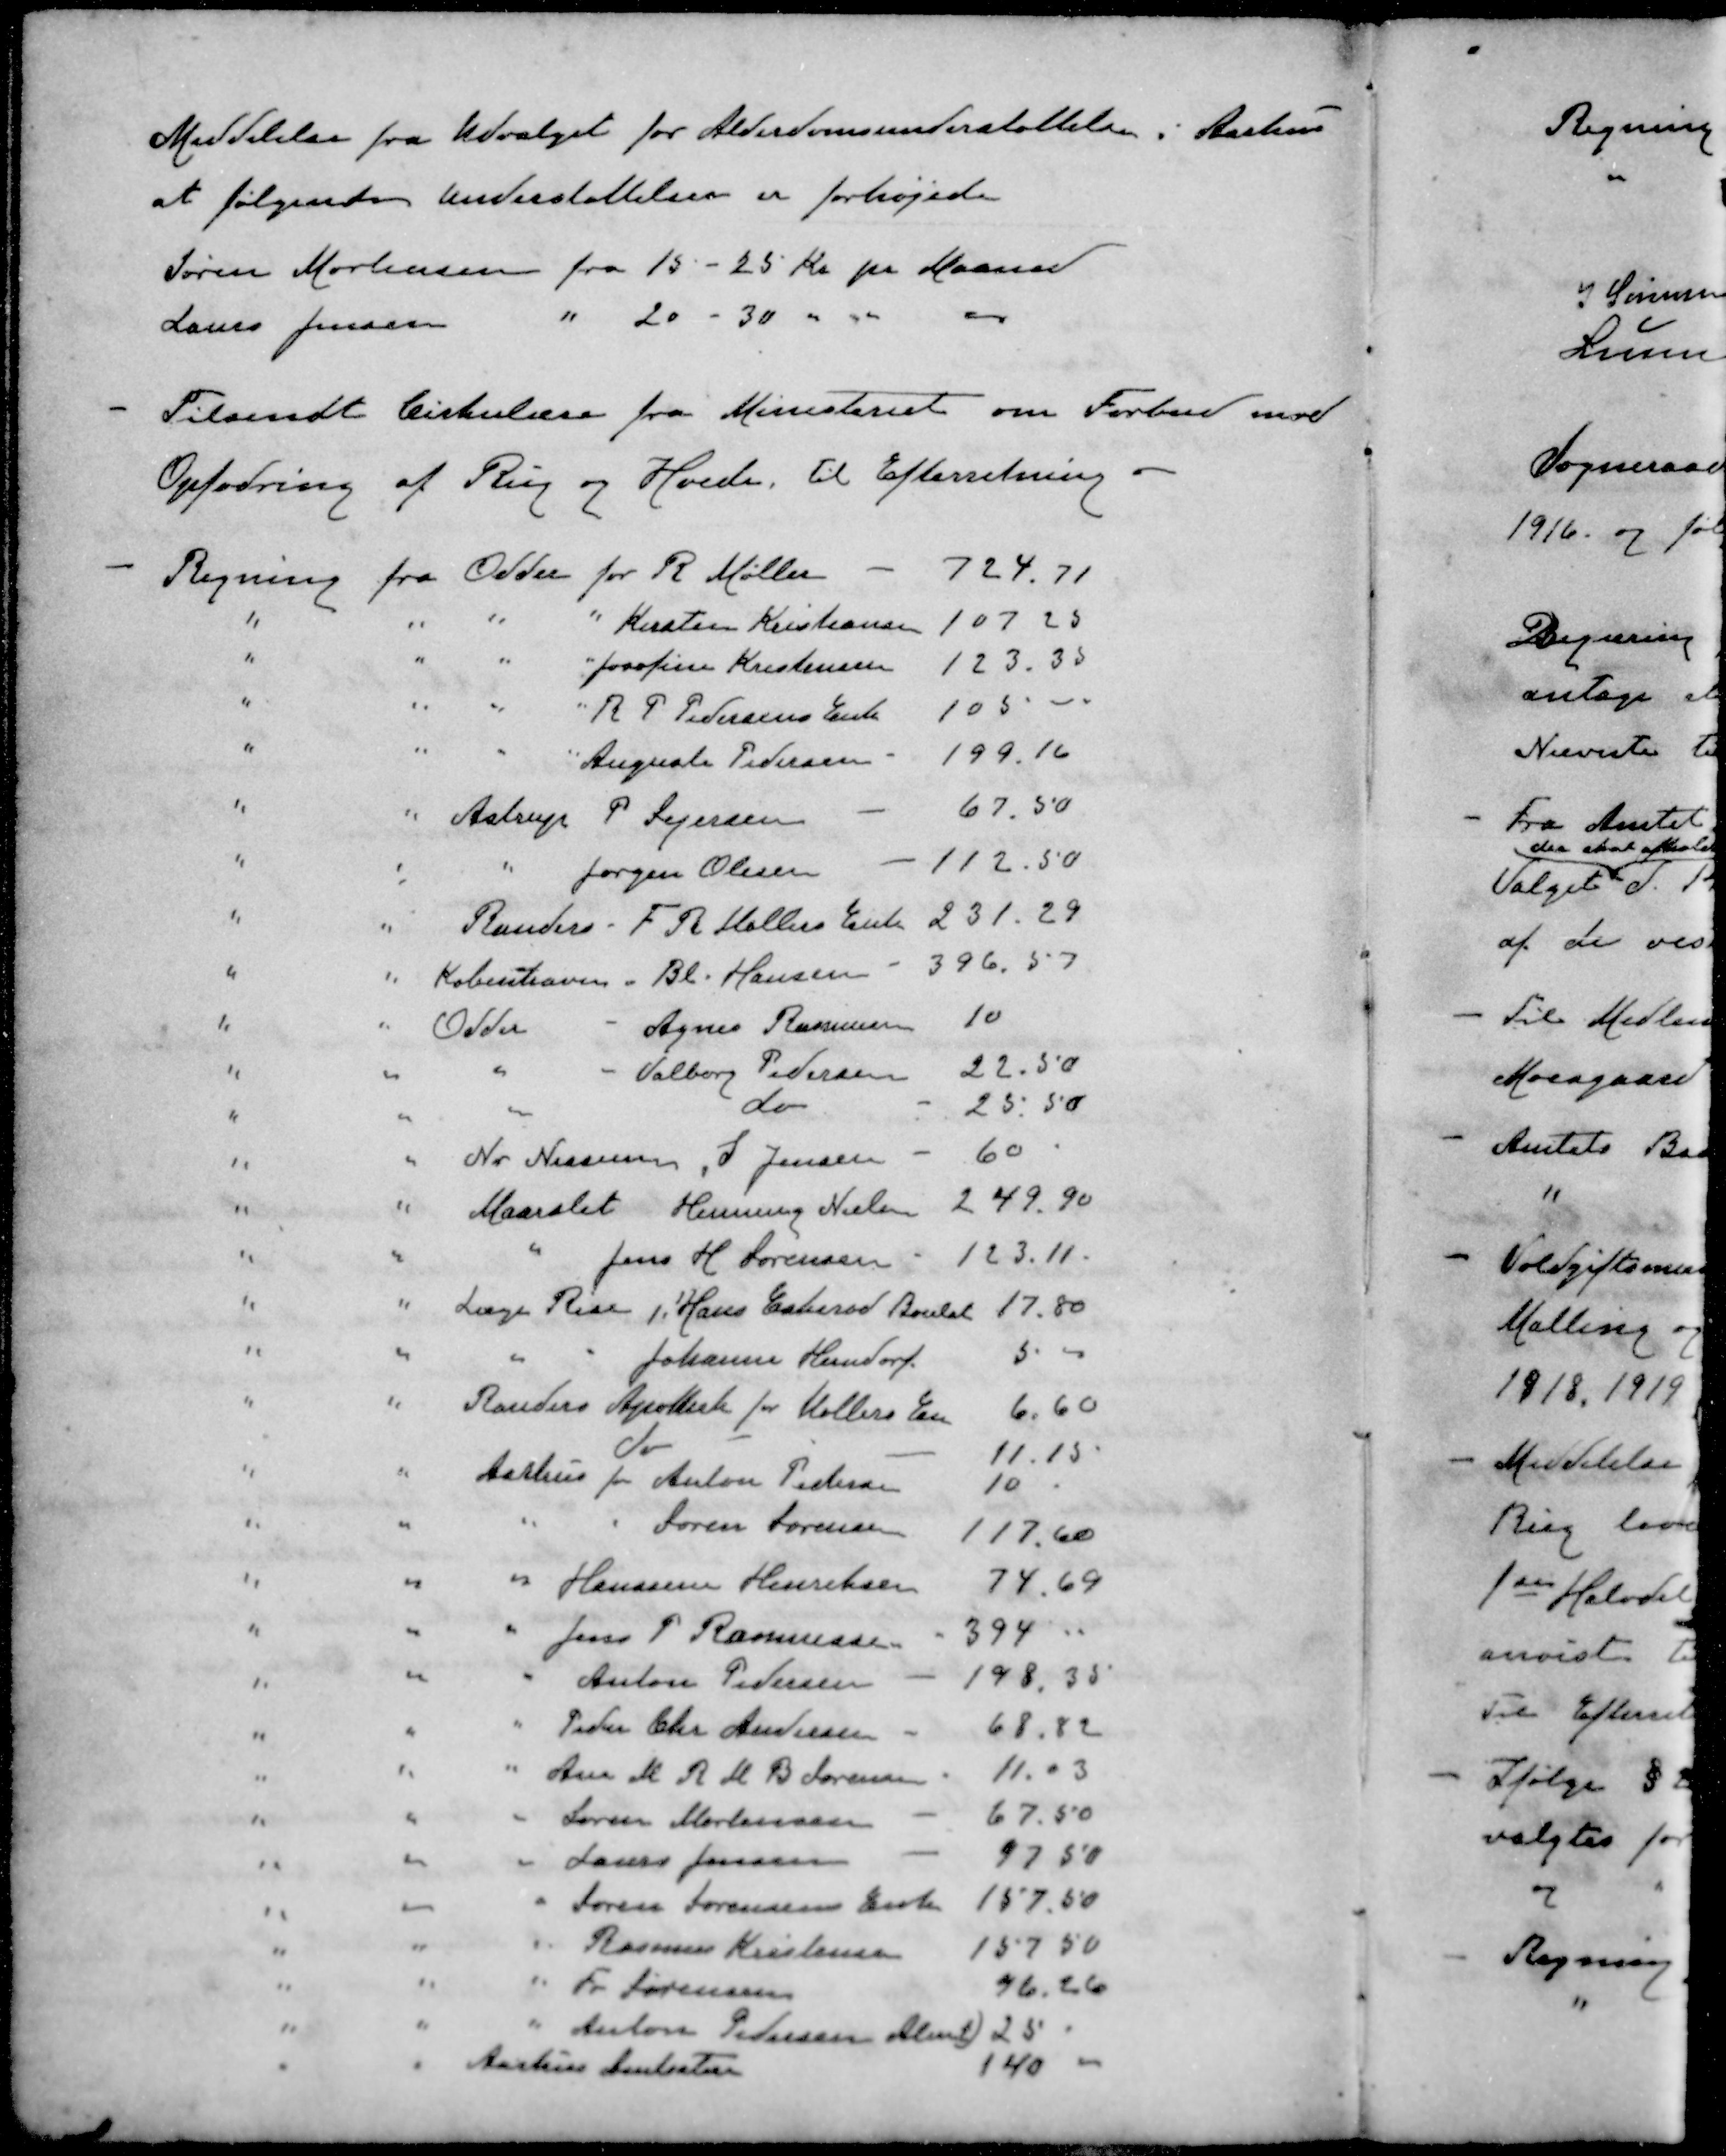
Transskription:
Meddelelse fra Udvalget for Alderdomsunderstøttelse i Aarhus
at følgende Understøttelser er forhøjede
Søren Mortensen fra 15-25 Kr pr Maaned
Laus Jensen " 20 - 30 " " "
Tilsendt Cirkulære fra Ministeriet om Forbud mod
Opfodring af Rug og Hvede, til Efterretning
- Regning fra Odder for R Møller
724.71
" " " " Kirsten Kristiansen
107.25
" " " " Josofine Kristensen
123.35
" " " " R P Pedersens Enke
105-
" " " " Auguste Pedersen
199.16
" " Astrup P Sejersen
67.50
" " " Jørgen Olesen
112.50
" " Randers - F. R. Møllers Enke
231.29
" " København - Bl. Hansen
396.57
" " Odder - Agnes Rasmussen
10
" " " - Valborg Pedersen
22.50
" " " do
25.50
" " Nr. Nissum, S Jensen
60
" "  Maarslet Henning Nielsen
249.90
" " " Jens H Sørensen
123.11
" " Læge Rise, Hans Eskerod Boulat
17.80
" " " " Johanne Herndorf
5
" " Randers Apotek for Møllers En
6.60
do
11.15
" " Aarhus for Anton Pedersen
10.
" " " " Søren Sørensen
117,60
" " " Hanssine Henriksen
74.69
" " " Jens P Rasmussen
394
" " " Anton Pedersen
198.35
" " " Peder Chr Andersen 
68,82
" " " Ane M R M B Sørensen
11.03
" " " Søren Mortensen
67.50
" " " Laurs Jensen
97.50
" " " Søren Sørensens Enke
157,50
" " " Rasmus Kristensen
157.50
" " " Fr Sørensen
96.26
" " " Anton Pedersen Almt
25
" " Aarhus Amtsstue
140 -